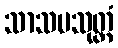
သာသပသုတ္တံ